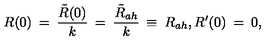
R ( 0 ) \: = \: \frac { \tilde { R } ( 0 ) } { k } \: = \: \frac { \tilde { R } _ { a h } } { k } \: \equiv \: R _ { a h } , R ^ { \prime } ( 0 ) \: = \: 0 ,